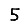
Digit: 5